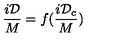
\frac { i \mathcal D } { M } = f ( \frac { i { \mathcal D } _ { c } } { M } )